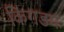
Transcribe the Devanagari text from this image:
किंगडमः